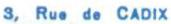
 3, Rue de CADIX